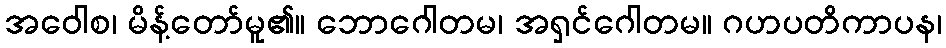
အဝေါစ၊ မိန့်တော်မူ၏။ ဘောဂေါတမ၊ အရှင်ဂေါတမ။ ဂဟပတိကာပန၊